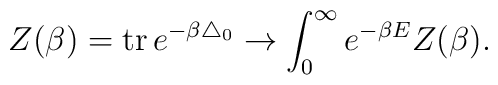
Z(\beta)=\mbox{tr}\,e^{-\beta\triangle_0}\rightarrow\int_0^{\infty}e^{-\beta E}Z(\beta).